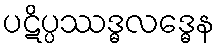
ပဋိပ္ပဿဒ္ဓလဒ္ဓေန